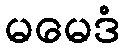
မမေဒံ